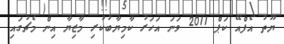
ޔޫތު އެފްއޭ ކަޕް 2011 ވަނަ އަހަރު ކާމިޔާބުކުރި މާޒިޔާ އިން މެޗުގައި